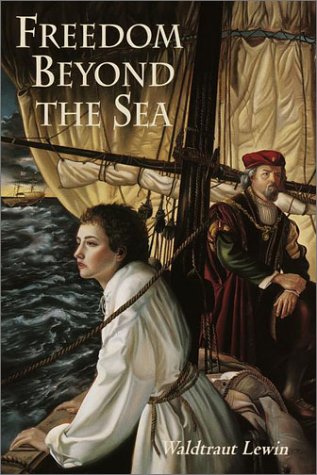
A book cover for Freedom Beyond the Sea; Waldtraut Lewin; Teen & Young Adult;